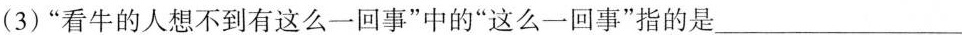
(3)”看牛的人想不到有这么一回事”中的”这么-一回事”指的是___